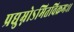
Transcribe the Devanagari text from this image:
प्रद्युम्नोऽमितविक्रमः।।